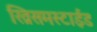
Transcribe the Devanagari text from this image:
ख्रिसमस्टाईड